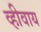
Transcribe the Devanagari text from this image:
व्हीवाय